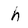
Character: h